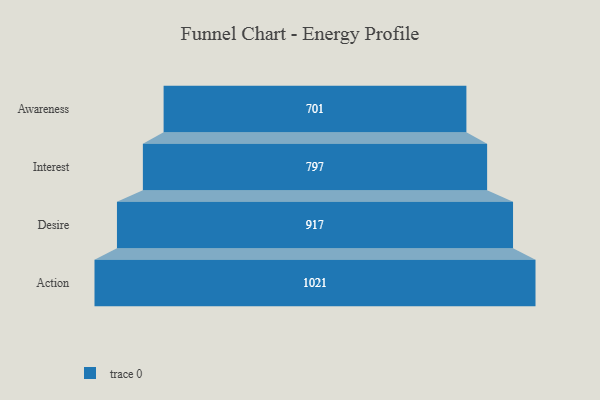
{"axis": {"x": "Stage", "y": "Value"}, "legend": [""], "data": [{"x": "Awareness", "y": 701.0, "type": ""}, {"x": "Interest", "y": 797.0, "type": ""}, {"x": "Desire", "y": 917.0, "type": ""}, {"x": "Action", "y": 1021.0, "type": ""}]}